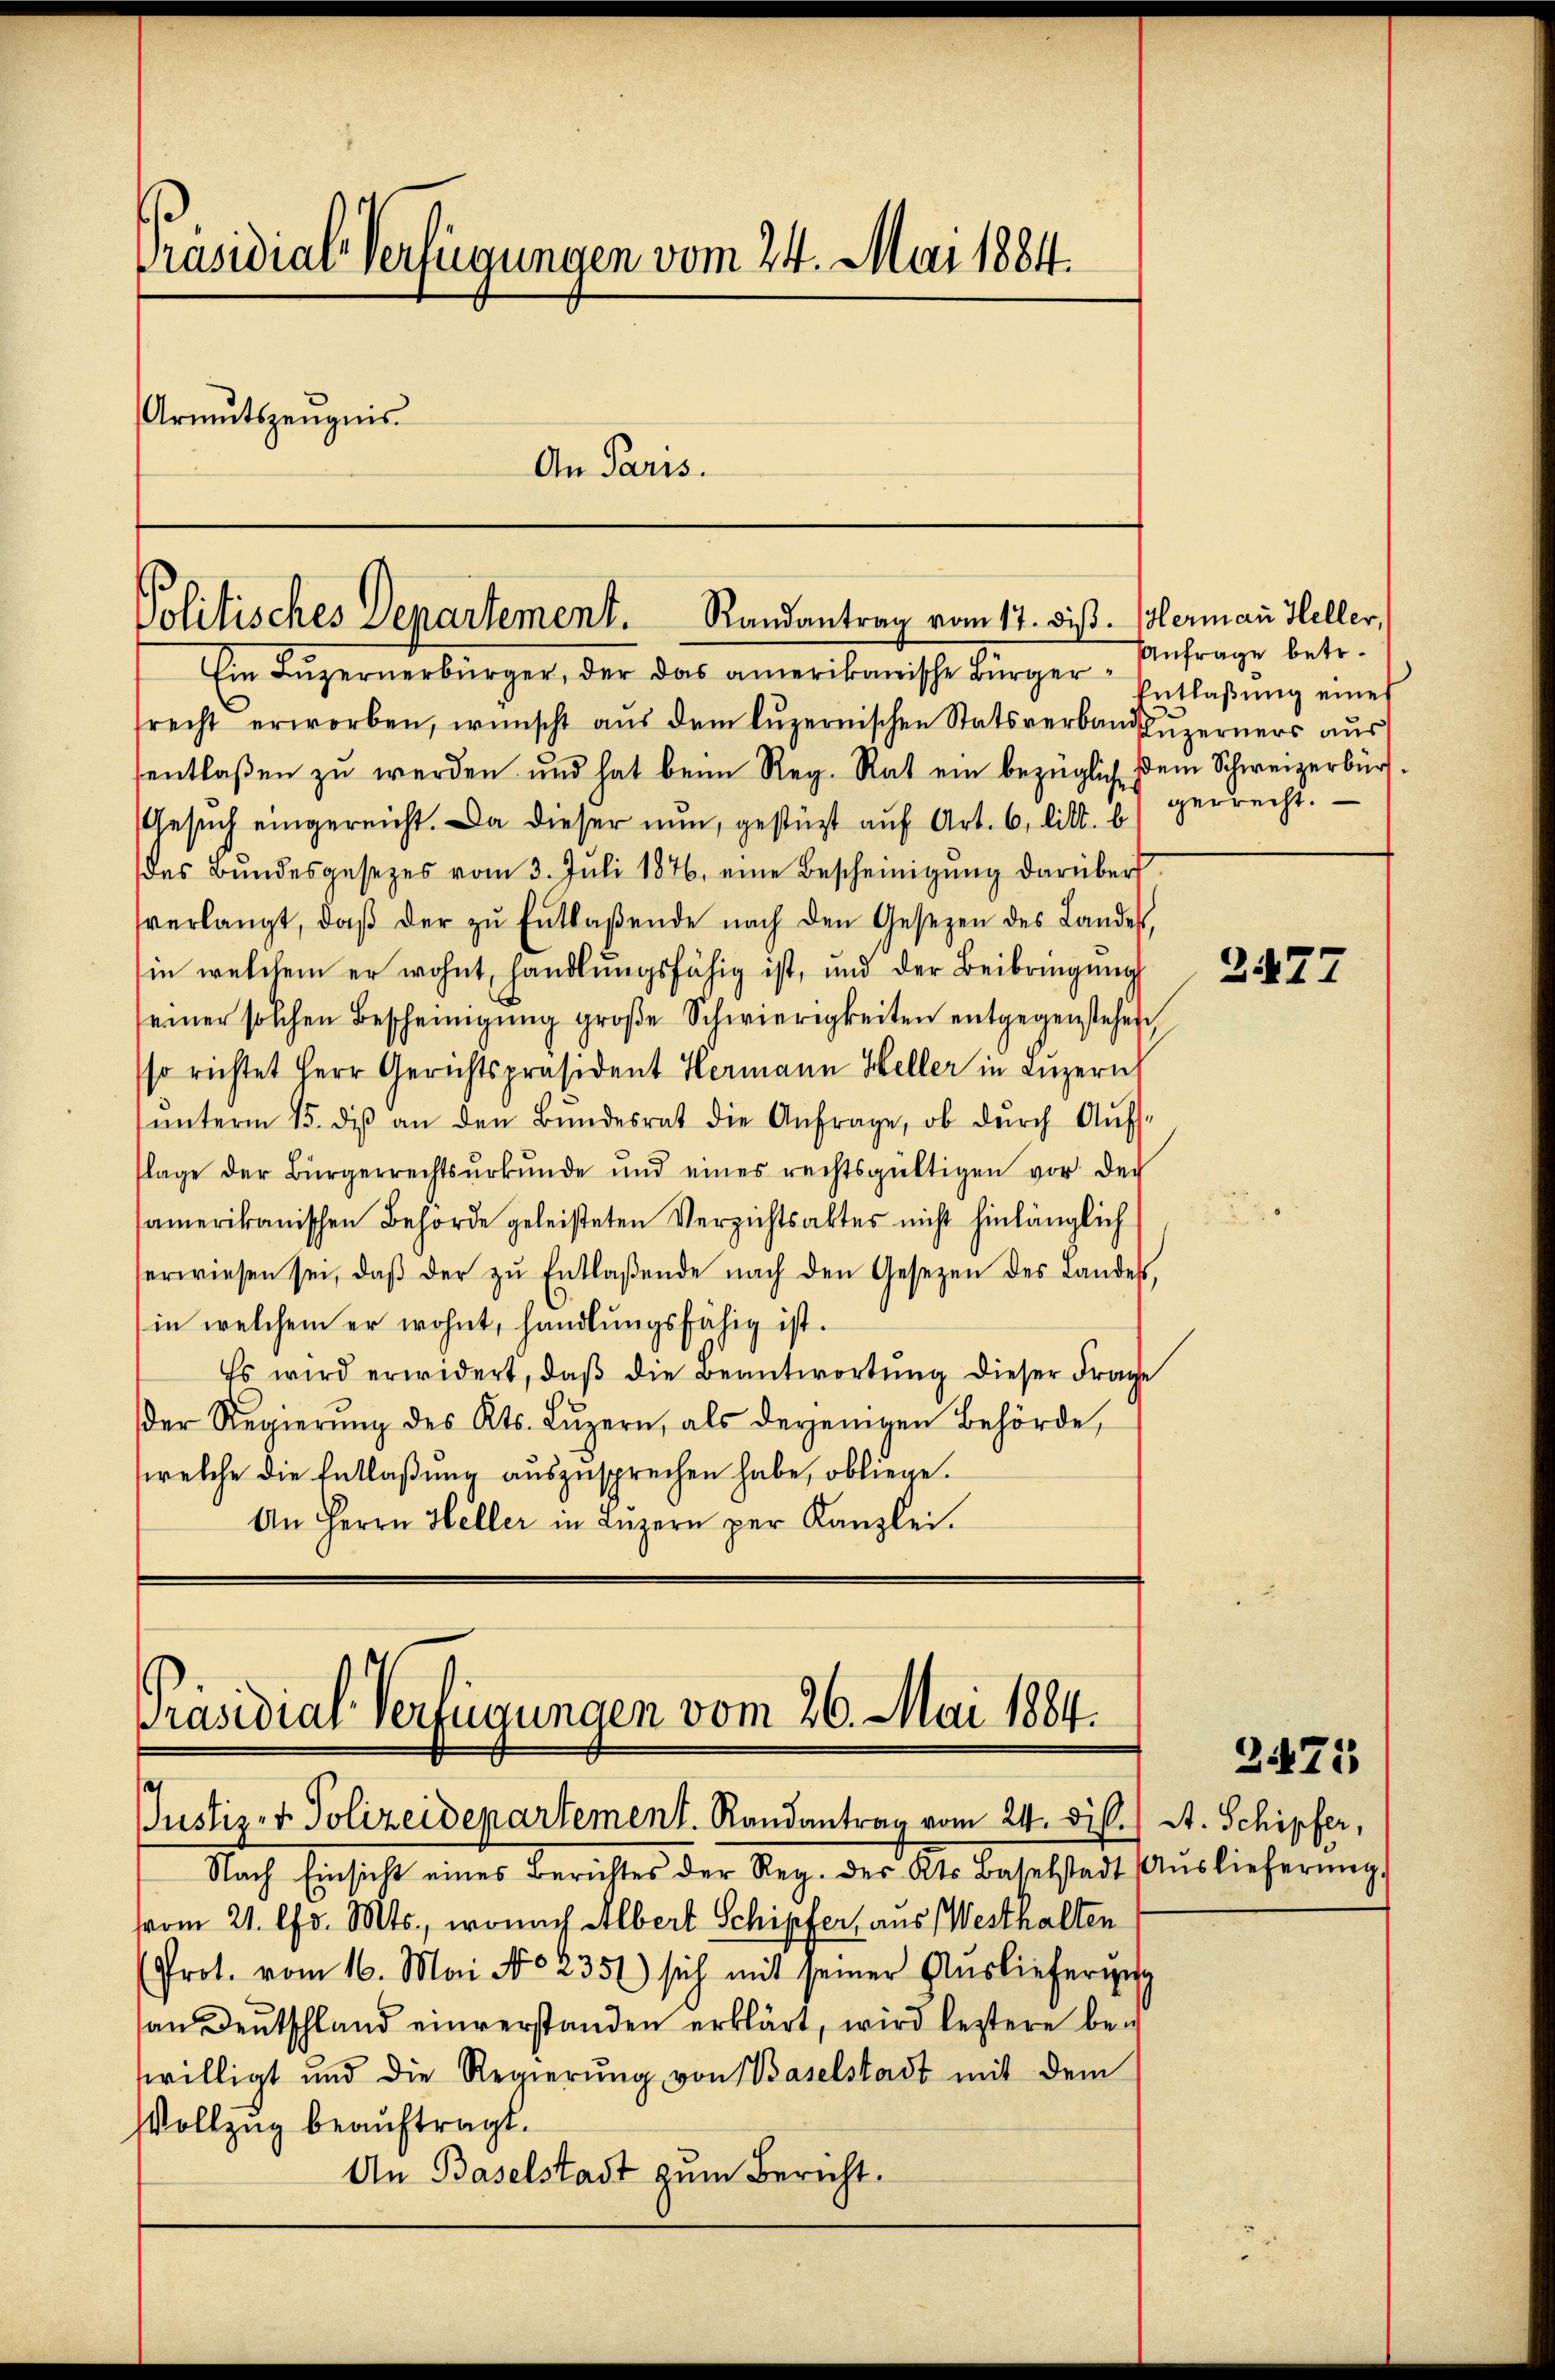
Präsidial-Verfügungen vom 24. Mai 1884.
Armutszeugnis
An Paris.

Politisches Departement. Randantrag vom 17. Dis. Hermann Heller,

Ein Luzernerbürger, der das amerikanische Bürgerrecht erworben, wünscht aus dem luzernischen Statsverband Luzerners aus
sentlaßen zŭ werden und hat beim Reg. Rat ein bezüglich dem Schweizerbür
Gesuch eingereicht. Da dieser nun, gestüzt auf Art. 6, litt. b
des Bŭndesgesezes vom 3. Juli 1876 eine Bescheinigŭng darüber
verlangt, daβ der zŭ Entlaßende nach den Gesezen des Landes,
in welchem er wohnt, handlŭngsfähig ist, und der Beibringŭng
seiner solchen Bescheinigŭng groβe Schwierigkeiten entgegenstehen,
so richtet Herr Gerichtspräsident Hermann Heller in Luzern,
ŭnterm 15. diβ an den Bŭndesrat die Anfrage, ob dŭrch Aŭfs-
flage der Bürgerrechtsŭrkŭnde und eines rechtsgültigen vor der
samerikanischen Behörde geleisteten Verzichtsaktes nicht hinlänglich
erwiesen sei, daβ der zŭ Entlaßende nach den Gesezen des Landes,
in welchem er wohnt, handlŭngsfähig ist.
Es wird erwidert, daβ die Beantwortŭng dieser Frage
der Regierŭng des Kts. Lŭzern, als derjenigen Behörde,
welche die Entlaßung auszusprechen habe, obliege.
An Herrn Heller in Lŭzern per Kanzlei.

Präsidial-Verfügungen vom 26. Mai 1884.

Justiz- & Polizeidepartement. Randantrag vom 24. Dist. St. Schipfer,
Nach Einsicht eines Berichtes der Reg. des Kts. Baselstadt Aŭslieferŭng.
vom 21. d. Mts., wonach Albert Schipfer, aus Westhalten
(Prot. vom 16. Mai No 2351) sich mit seiner Auslieferung
an Deutschland einverstanden erklärt, wird leztere bei
willigt und die Regierŭng von Baselstadt mit dem
Vollzug beauftragt.
An Baselstadt zum Bericht.

Anfrage betr.
Entlaßung eines
gerrecht.

2477

2475